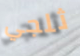
ثلجي